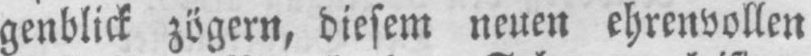
genblick zögern, diesem neuen ehrenvollen